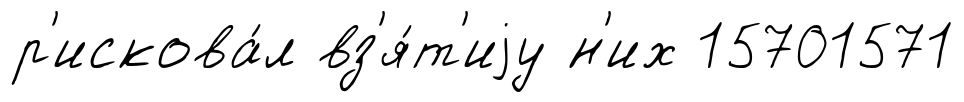
р'искова́л вз'я́т'иjу н'их 15701571